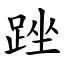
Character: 䟶